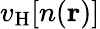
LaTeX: v_{\mathrm{H}}[n(\textbf{r})]